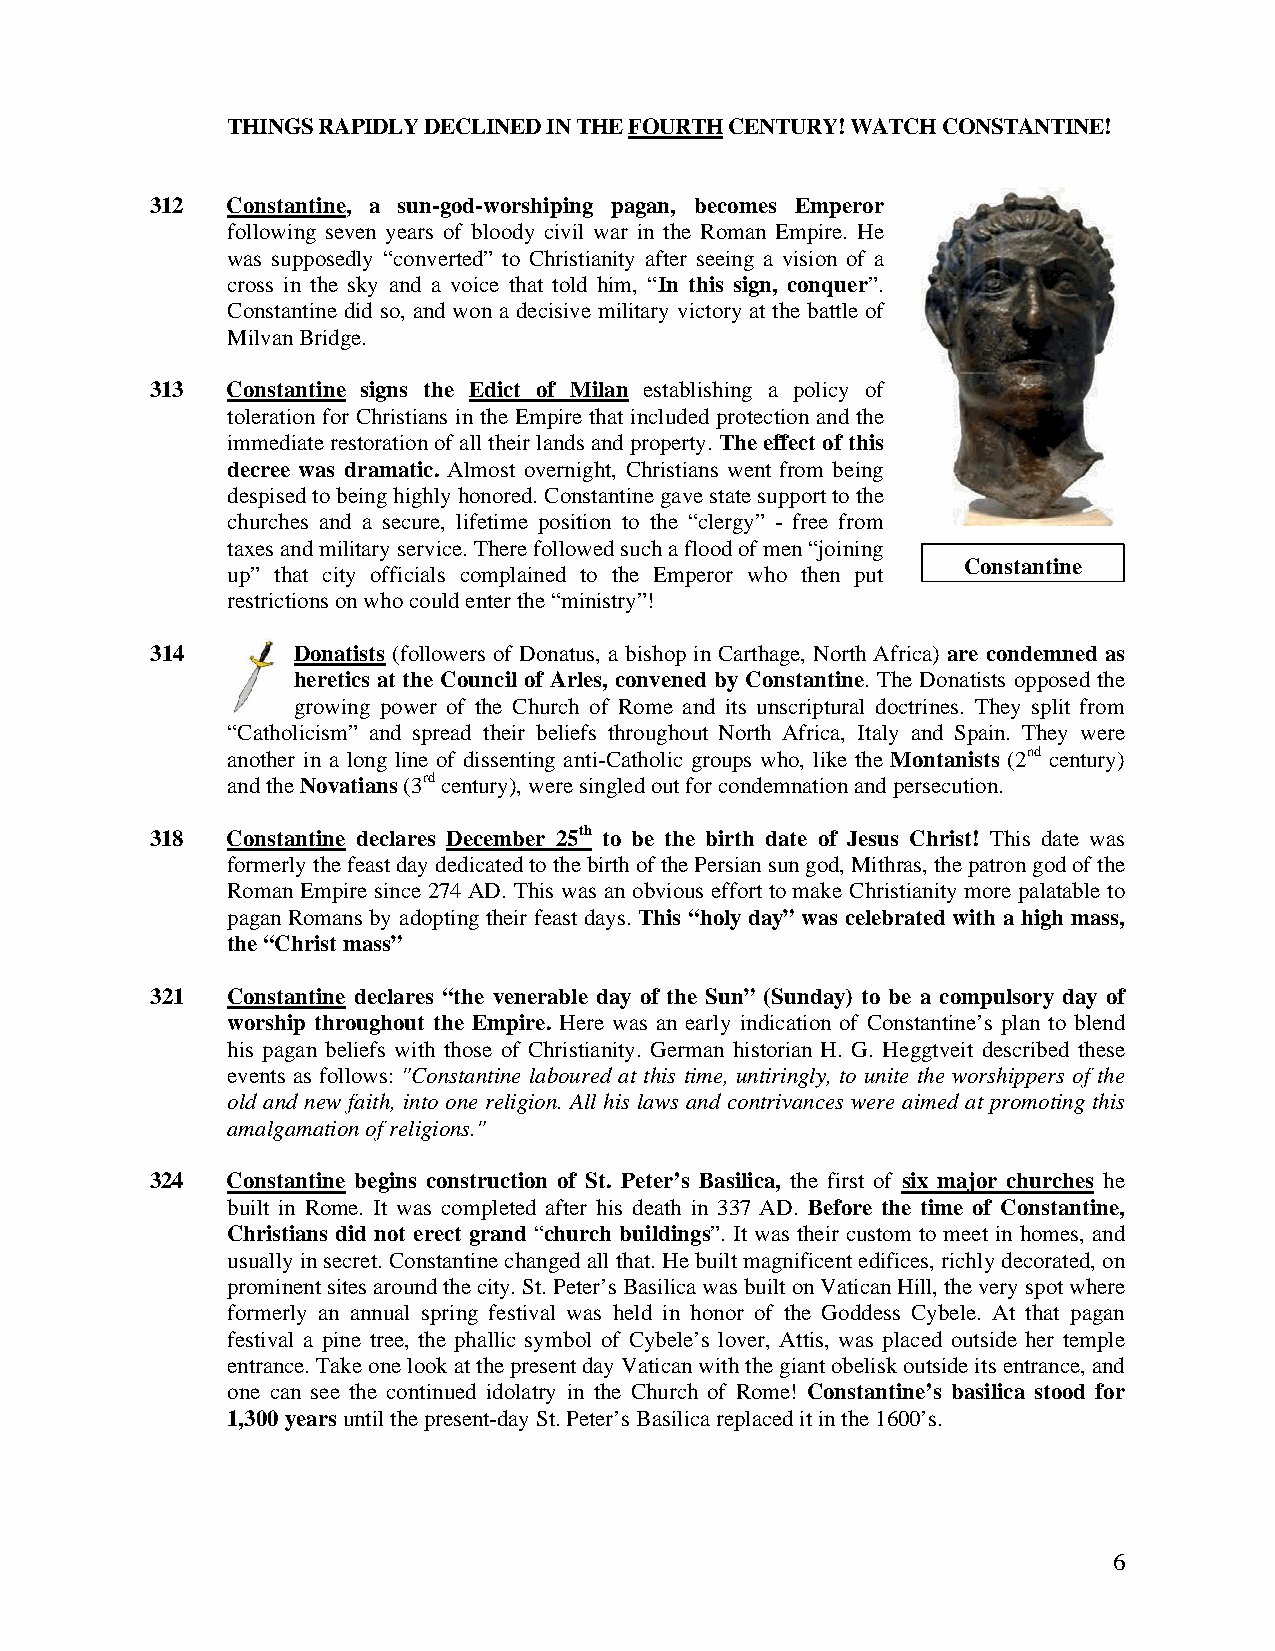
THINGS RAPIDLY DECLINED IN THE FOURTH CENTURY! WATCH CONSTANTINE!
 312  Constantine, a sun-god-worshiping pagan, becomes Emperor
 following seven years of bloody civil war in the Roman Empire. He
 was supposedly “converted” to Christianity after seeing a vision of a
 cross in the sky and a voice that told him, “In this sign, conquer”.
 Constantine did so, and won a decisive military victory at the battle of
 Milvan Bridge.
 313  Constantine signs the Edict of Milan establishing a policy of
 toleration for Christians in the Empire that included protection and the
 immediate restoration of all their lands and property. The effect of this
 decree was dramatic. Almost overnight, Christians went from being
 despised to being highly honored. Constantine gave state support to the
 churches and a secure, lifetime position to the “clergy” - free from
 taxes and military service. There followed such a flood of men “joining
 Constantine
 up” that city officials complained to the Emperor who then put
 restrictions on who could enter the “ministry”!
 314      Donatists (followers of Donatus, a bishop in Carthage, North Africa) are condemned as
 heretics at the Council of Arles, convened by Constantine. The Donatists opposed the
 growing power of the Church of Rome and its unscriptural doctrines. They split from
 “Catholicism” and spread their beliefs throughout North Africa, Italy and Spain. They were
 another in a long line of dissenting anti-Catholic groups who, like the Montanists (2nd century)
 and the Novatians (3rd century), were singled out for condemnation and persecution.
 318  Constantine declares December 25th to be the birth date of Jesus Christ! This date was
 formerly the feast day dedicated to the birth of the Persian sun god, Mithras, the patron god of the
 Roman Empire since 274 AD. This was an obvious effort to make Christianity more palatable to
 pagan Romans by adopting their feast days. This “holy day” was celebrated with a high mass,
 the “Christ mass”
 321  Constantine declares “the venerable day of the Sun” (Sunday) to be a compulsory day of
 worship throughout the Empire. Here was an early indication of Constantine’s plan to blend
 his pagan beliefs with those of Christianity. German historian H. G. Heggtveit described these
 events as follows: "Constantine laboured at this time, untiringly, to unite the worshippers of the
 old and new faith, into one religion. All his laws and contrivances were aimed at promoting this
 amalgamation of religions."
 324  Constantine begins construction of St. Peter’s Basilica, the first of six major churches he
 built in Rome. It was completed after his death in 337 AD. Before the time of Constantine,
 Christians did not erect grand “church buildings”. It was their custom to meet in homes, and
 usually in secret. Constantine changed all that. He built magnificent edifices, richly decorated, on
 prominent sites around the city. St. Peter’s Basilica was built on Vatican Hill, the very spot where
 formerly an annual spring festival was held in honor of the Goddess Cybele. At that pagan
 festival a pine tree, the phallic symbol of Cybele’s lover, Attis, was placed outside her temple
 entrance. Take one look at the present day Vatican with the giant obelisk outside its entrance, and
 one can see the continued idolatry in the Church of Rome! Constantine’s basilica stood for
 1,300 years until the present-day St. Peter’s Basilica replaced it in the 1600’s.
 6